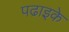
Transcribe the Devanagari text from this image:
पढाइके